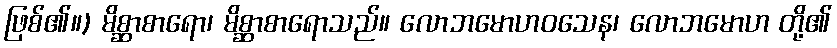
ဖြစ်၏။) မိစ္ဆာစာရော၊ မိစ္ဆာစာရောသည်။ လောဘမောဟဝသေန၊ လောဘမောဟ တို့၏